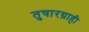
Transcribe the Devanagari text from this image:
तुषारग्राही